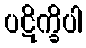
ပဋိက္ခိပါ